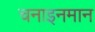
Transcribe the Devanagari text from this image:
चनाइनमान